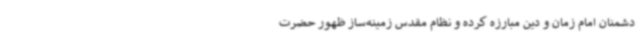
دشمنان امام زمان و دین مبارزه کرده و نظام مقدس زمینه‌ساز ظهور حضرت